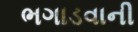
ભગાડવાની